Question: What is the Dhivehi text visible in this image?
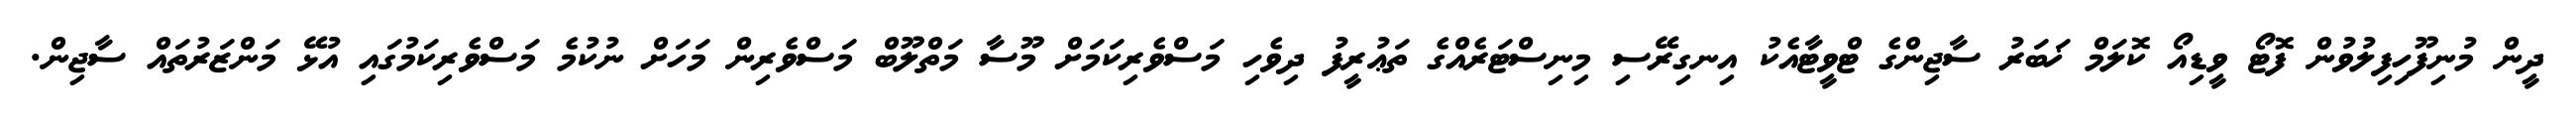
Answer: ދީން މުނިފޫހިފިލުވުން ފޮޓޯ ވީޑިއޯ ކޮލަމް ޚަބަރު ސާޖިންގެ ޓްވީޓާއެކު އިނގިރޭސި މިނިސްޓަރެއްގެ ތަޢުރީފު ދިވެހި މަސްވެރިކަމަށް މޫސާ މަތްލޫބް މަސްވެރިން މަހަށް ނުކުމެ މަސްވެރިކަމުގައި އުޅޭ މަންޒަރުތައް ސާޖިން.